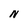
Character: N